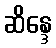
ဆိန္ဒေ